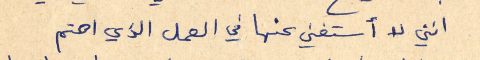
انني لا أستغني عنها في العمل الذي اهتم